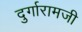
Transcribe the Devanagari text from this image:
दुर्गारामजी